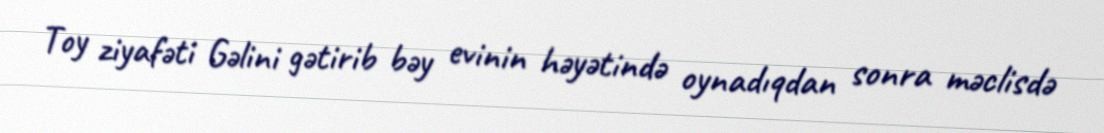
Toy ziyafəti Gəlini gətirib bəy evinin həyətində oynadıqdan sonra məclisdə